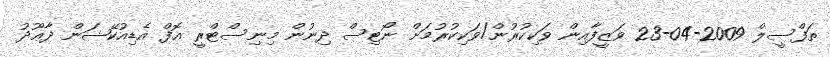
ތަފްސީލް 2009-04-23 ވަޒީފާއިން ވަކިކުރުން/ވަކިކުރުމަށް ނޯޓިސް ދިނުން މިނިސްޓްރީ އޮފް އެޑިއުކޭޝަން ދާޢޫދު